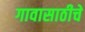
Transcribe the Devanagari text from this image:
गावासाठीचे